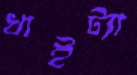
খাইট্যা